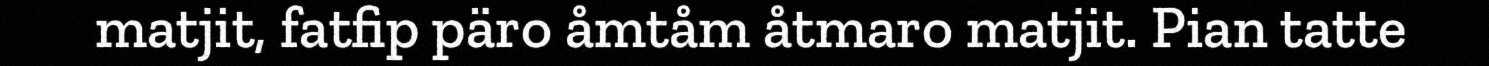
matjit, fatfip päro åmtåm åtmaro matjit. Pian tatte